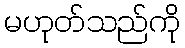
မဟုတ်သည်ကို